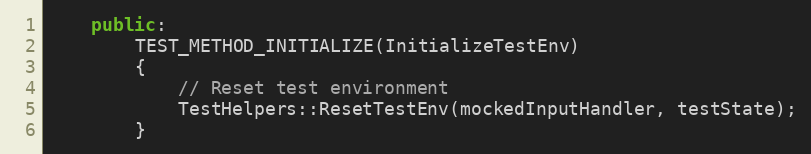
Language: C++
    public:
        TEST_METHOD_INITIALIZE(InitializeTestEnv)
        {
            // Reset test environment
            TestHelpers::ResetTestEnv(mockedInputHandler, testState);
        }